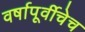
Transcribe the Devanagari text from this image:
वर्षापूर्वीचेच